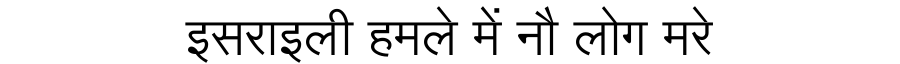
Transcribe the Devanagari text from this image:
इसराइली हमले में नौ लोग मरे